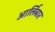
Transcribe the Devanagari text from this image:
आर्लिबार